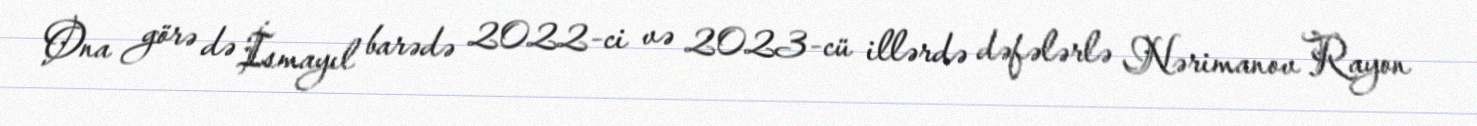
Ona görə də İsmayıl barədə 2022-ci və 2023-cü illərdə dəfələrlə Nərimanov Rayon